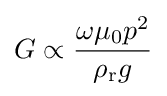
G\propto {\frac {\omega \mu _{0}p^{2}}{\rho _{\mathrm {r} }g}}